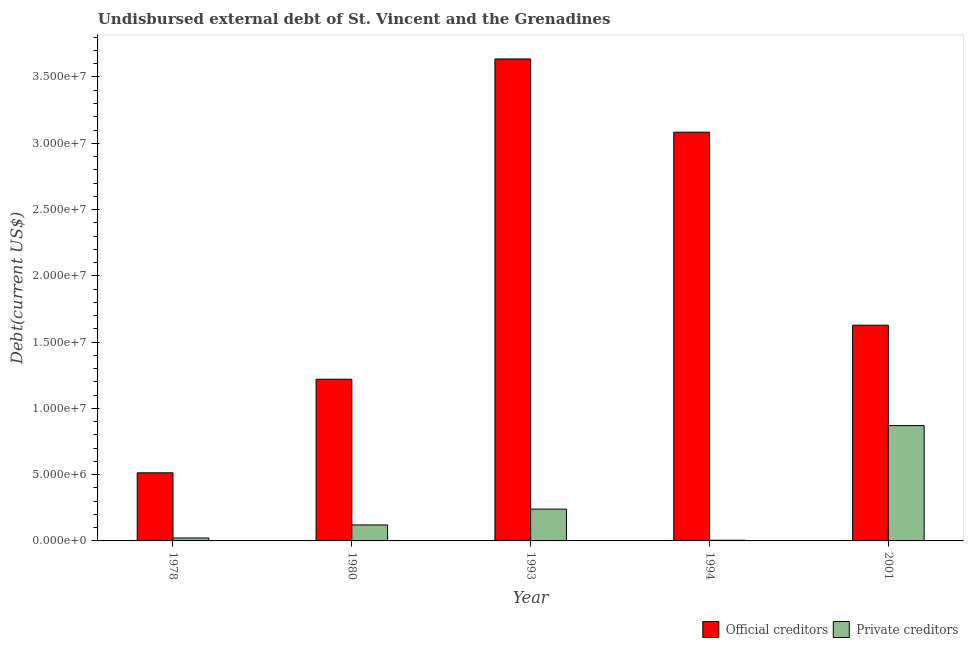
| Year | Official creditors | Private creditors |
 | --- | --- | --- |
 | 1978 | 5.14e+06 | 2.23e+05 |
 | 1980 | 1.22e+07 | 1.21e+06 |
 | 1993 | 3.64e+07 | 2.4e+06 |
 | 1994 | 3.08e+07 | 5.1e+04 |
 | 2001 | 1.63e+07 | 8.7e+06 |